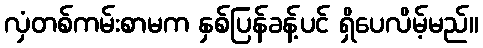
လှံတစ်ကမ်းစာမက နှစ်ပြန်ခန့်ပင် ရှိပေလိမ့်မည်။